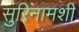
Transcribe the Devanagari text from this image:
सुरिनामशी